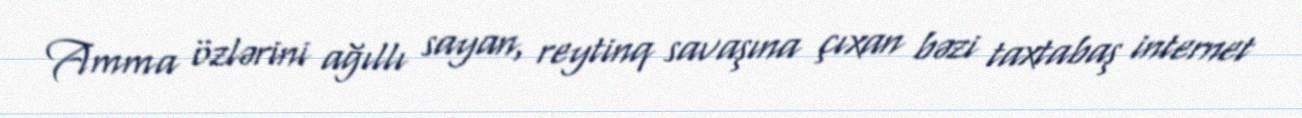
Amma özlərini ağıllı sayan, reytinq savaşına çıxan bəzi taxtabaş internet